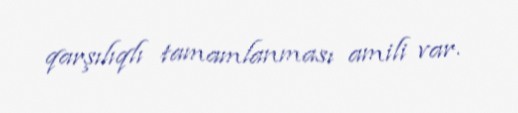
qarşılıqlı tamamlanması amili var.